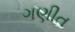
ગણીત